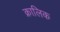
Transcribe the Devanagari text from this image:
क्रालिक